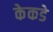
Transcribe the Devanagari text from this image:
केकडे